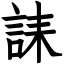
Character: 誄